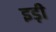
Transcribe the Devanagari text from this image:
इड़ी